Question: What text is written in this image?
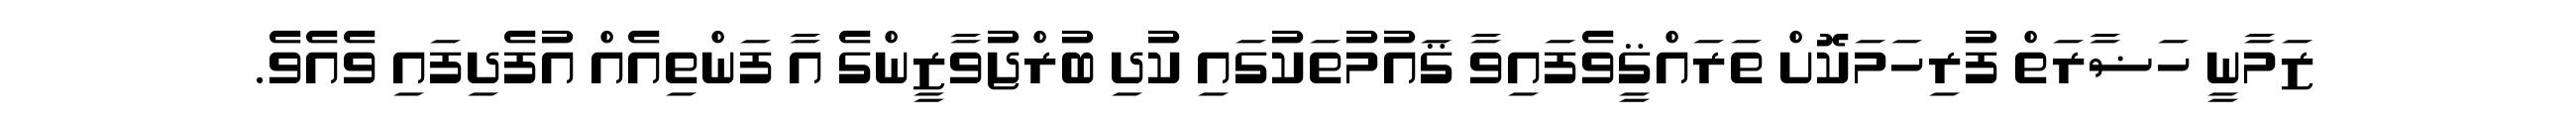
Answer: ޒަމާނީ ހަޟާރަތް ފުރިހަމަކޮށް ތަރައްޤީވެފައިވާ ޤައުމުތަކުގައި ކުދި ބުރްޖުވާޒީންގެ އާ ފަންތިއެއް އުފެދިފައި ވެއެވެ.